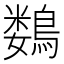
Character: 𱈲